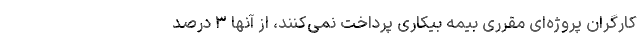
کارگران پروژه‌ای مقرری بیمه بیکاری پرداخت نمی‌کنند، از آنها ۳ درصد